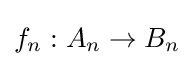
f_{n}:A_{n}\rightarrow B_{n}